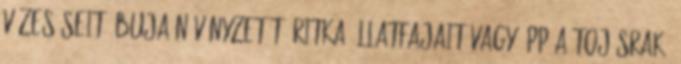
vízeséseit, buja növényzetét, ritka állatfajait vagy épp a tojásrakó